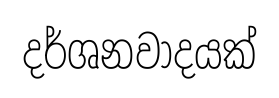
දර්ශනවාදයක්